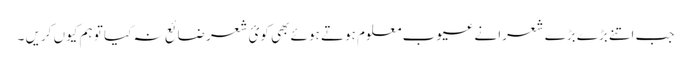
جب اتنے بڑے بڑے شعرا نے عیوب معلوم ہوتے ہوئے بھی کوئ شعر ضائع نہ کیا تو ہم کیوں کریں ۔